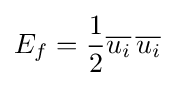
E_{f}={\frac {1}{2}}{\overline {u_{i}}}\,{\overline {u_{i}}}